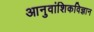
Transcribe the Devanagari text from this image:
आनुवांशिकविज्ञान